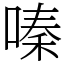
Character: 嗪